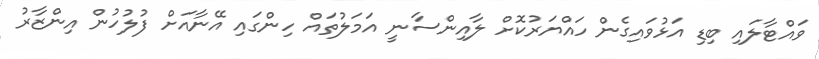
ވައްޓާލައި ބިޑި އަޅުވައިގެން ހައްޔަރުކޮށް ލާއިންސާނީ އަމަލުތައް ހިންގައި އޭނާއަށް ފުލުހުން އިންޒާރު